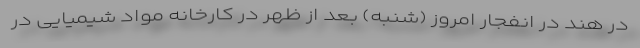
در هند در انفجار امروز (شنبه) بعد از ظهر در کارخانه مواد شیمیایی در